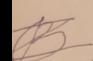
Signature authenticity: forged